Scottish Leaving Certificate Examination, 1954
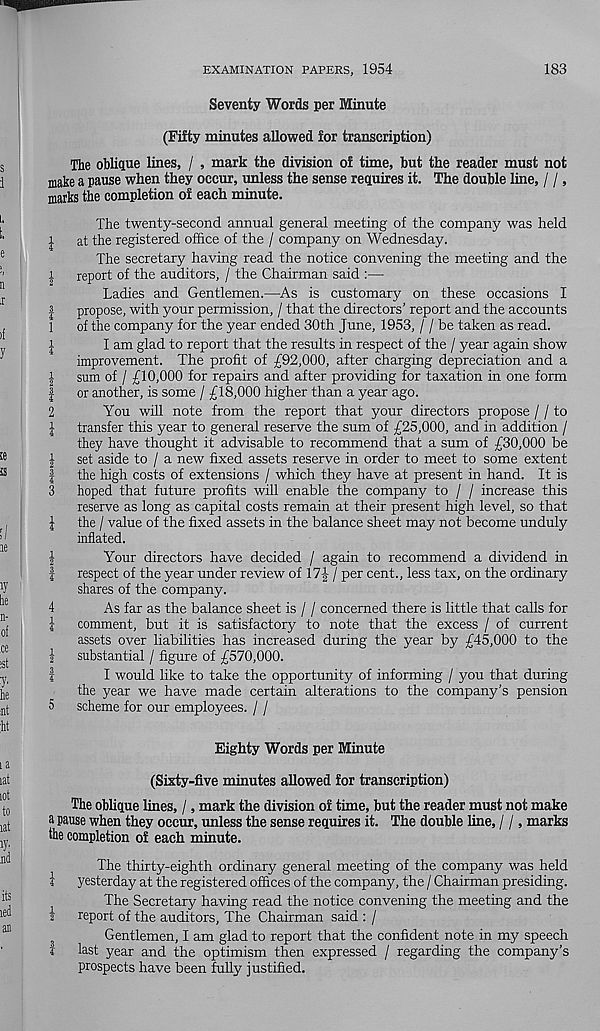
EXAMINATION PAPERS, 1954
183
Seventy Words per Minute
(Fifty minutes allowed for transcription)
The oblique lines, / , mark the division of time, but the reader must not
make a pause when they occur, unless the sense requires it. The double line, / /,
marks the completion of each minute.
The twenty-second annual general meeting of the company was held
£ at the registered office of the / company on Wednesday.
The secretary having read the notice convening the meeting and the
i report of the auditors, / the Chairman said :—
Ladies and Gentlemen.—As is customary on these occasions I
| propose, with your permission, / that the directors' report and the accounts
1 of the company for the year ended 30th June, 1953, / / be taken as read.
1
I am glad to report that the results in respect of the / year again show
improvement. The profit of £92,000, after charging depreciation and a
| sum of / £10,000 for repairs and after providing for taxation in one form
| or another, is some / £18,000 higher than a year ago.
2
You will note from the report that your directors propose / / to
l transfer this year to general reserve the sum of £25,000, and in addition /
they have thought it advisable to recommend that a sum of £30,000 be
J set aside to / a new fixed assets reserve in order to meet to some extent
| the high costs of extensions / which they have at present in hand. It is
3 hoped that future profits will enable the company to / / increase this
reserve as long as capital costs remain at their present high level, so that
l the / value of the fixed assets in the balance sheet may not become unduly
inflated.
!
Your directors have decided / again to recommend a dividend in
f respect of the year under review of 17J/ per cent., less tax, on the ordinary
shares of the company.
4
As far as the balance sheet is / / concerned there is little that calls for
l comment, but it is satisfactory to note that the excess / of current
assets over liabilities has increased during the year by £45,000 to the
| substantial / figure of £570,000.
I
I would like to take the opportunity of informing / you that during
the year we have made certain alterations to the company’s pension
5 scheme for our employees. / /
Eighty Words per Minute
(Sixty-five minutes allowed for transcription)
The oblique lines, /, mark the division of time, but the reader must not make
a pause when they occur, unless the sense requires it. The double line, / /, marks
the completion of each minute.
The thirty-eighth ordinary general meeting of the company was held
i yesterday at the registered offices of the company, the / Chairman presiding.
The Secretary having read the notice convening the meeting and the
i report of the auditors, The Chairman said : /
Gentlemen, I am glad to report that the confident note in my speech
I last year and the optimism then expressed / regarding the company’s
prospects have been fully justified.